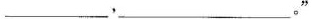
___，___。“